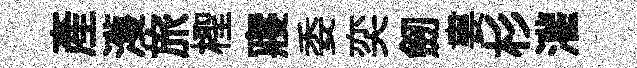
產濩旅檉寢委奕劒婁杉灌